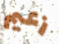
زعيم